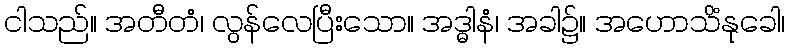
ငါသည်။ အတီတံ၊ လွန်လေပြီးသော။ အဒ္ဓါနံ၊ အခါ၌။ အဟောသိံနုခေါ၊